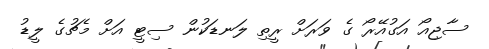
ސާޖިއޯ އަގުއޭރޯ ގެ ވަރަށް ރީތި ލަނޑަކުން ސިޓީ އަށް މެޗުގެ ލީޑު